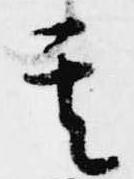
其